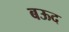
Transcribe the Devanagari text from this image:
बऊद